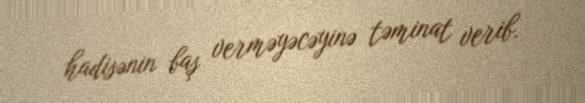
hadisənin baş verməyəcəyinə təminat verib.